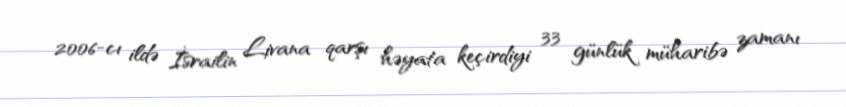
2006-cı ildə İsrailin Livana qarşı həyata keçirdiyi 33 günlük müharibə zamanı